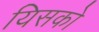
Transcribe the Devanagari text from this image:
यिसको